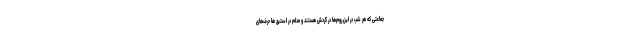
جماعتی که هر شب در این روم‌ها در گردش هستند و مدام در استیج ها حرف‌های